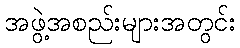
အဖွဲ့အစည်းများအတွင်း